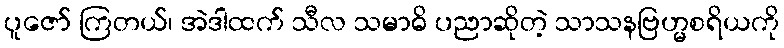
ပူဇော် ကြတယ်၊ အဲဒါထက် သီလ သမာဓိ ပညာဆိုတဲ့ သာသနဗြဟ္မစရိယကို